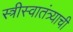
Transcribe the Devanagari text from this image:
स्त्रीस्वातंत्र्याची